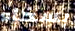
بسخاء